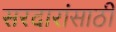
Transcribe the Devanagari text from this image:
सरदारांसाठी